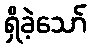
ရှိခဲ့သော်